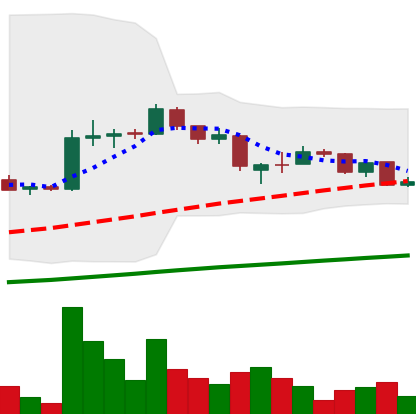
Ticker: LTC-USD
Chart end date: 2015-08-09
Forward return: 3.274%
Label: up_3_5